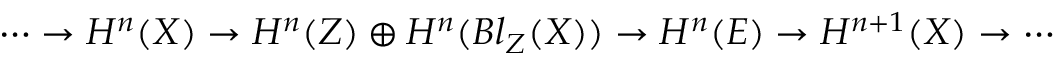
\cdots \to H ^ { n } ( X ) \to H ^ { n } ( Z ) \oplus H ^ { n } ( B l _ { Z } ( X ) ) \to H ^ { n } ( E ) \to H ^ { n + 1 } ( X ) \to \cdots